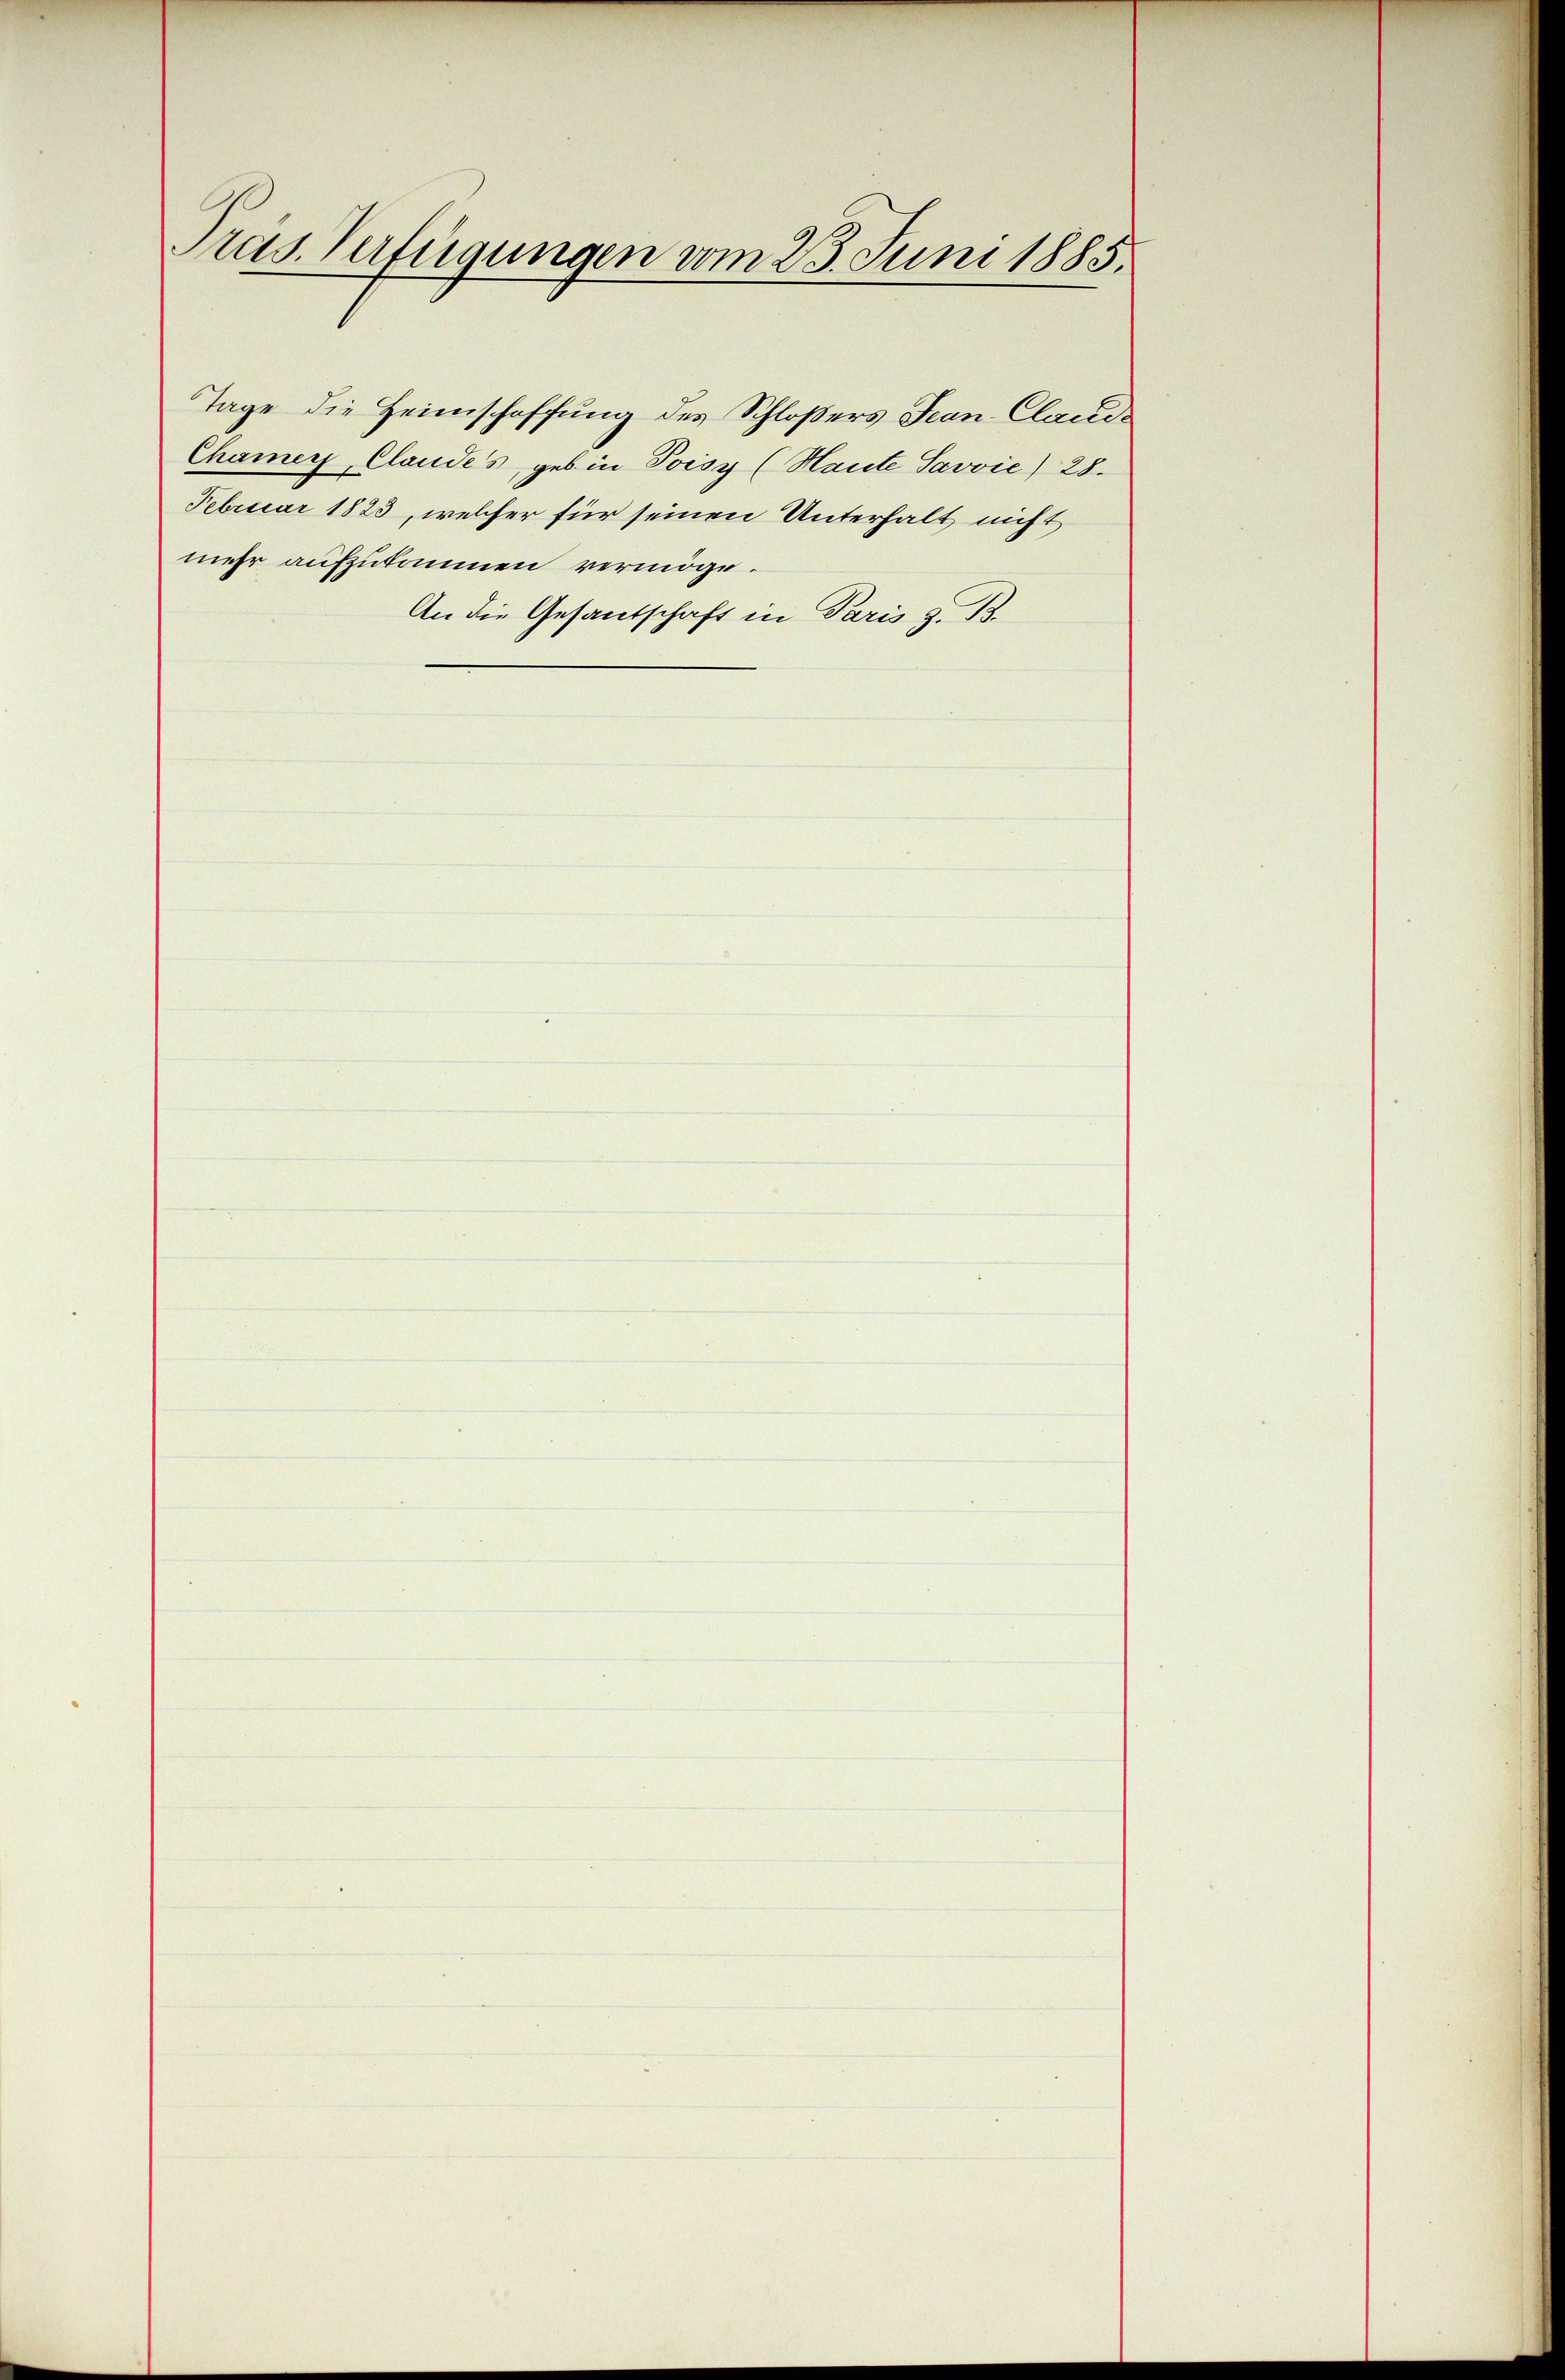
Präs. Verfügungen vom 25. Juni 1885.

Tage die Heimschaffung des Schloßers Jean Claude
Chamer, Claudes, geb in Poisy (Haute Savvić) 28.
Februar 1823, welcher für seinen Unterhalt nicht
mehr aufzukommen vermöge.
An die Gesandschaft in Paris z. B.